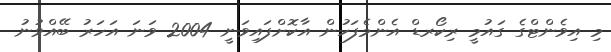
މި އިވެންޓްގެ ގައުމީ ރިކޯރޑް އެންމެފަހުން އާކޮށްފައިވަނީ 2004 ވަނަ އަހަރު ބޭއްވުނު